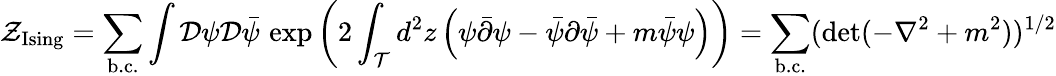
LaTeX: \mathcal{Z}_{\mathrm{{Ising}}}=\sum_{\mathrm{{b.c.}}}\int{\mathcal{D}}\psi{\mathcal{D}}\bar{{\psi}}\, \exp\left(2\int_{\mathcal{T}}d^{2}z\left(\psi\bar{{\partial}}\psi-\bar{{\psi}}\partial\bar{{\psi}}+m\bar{{\psi}}\psi\right)\right)=\sum_{\mathrm{{b.c.}}}(\mathrm{{det}}(-\nabla^{2}+m^{2}))^{1/2}